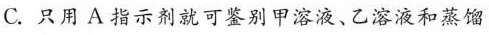
C.只用A指示剂就可鉴别甲溶液、乙溶液和蒸馏